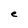
Character: e